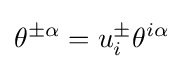
\theta ^{\pm \alpha }=u_{i}^{\pm }\theta ^{i\alpha }